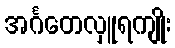
အင်္ဂတေလှူရကျိုး